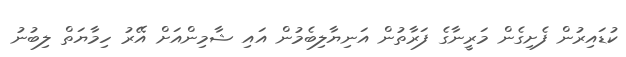
ކުޑައިރުން ފެށިގެން މަރީނާގެ ފަރާތުން އަނިޔާލިބެމުން އައި ޝާމިންއަށް އޭރު ހިމާޔަތް ލިބުނު